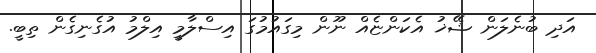
އަދި ބުނެލަން ޝޭޚު އެކަންޏެއް ނޫން މިގައުމުގަ އިސްލާމީ އިލްމު އުގެނިގެން ތިބީ.